Madras plague regulations and rules - Volume 1
Disease focus: Plague
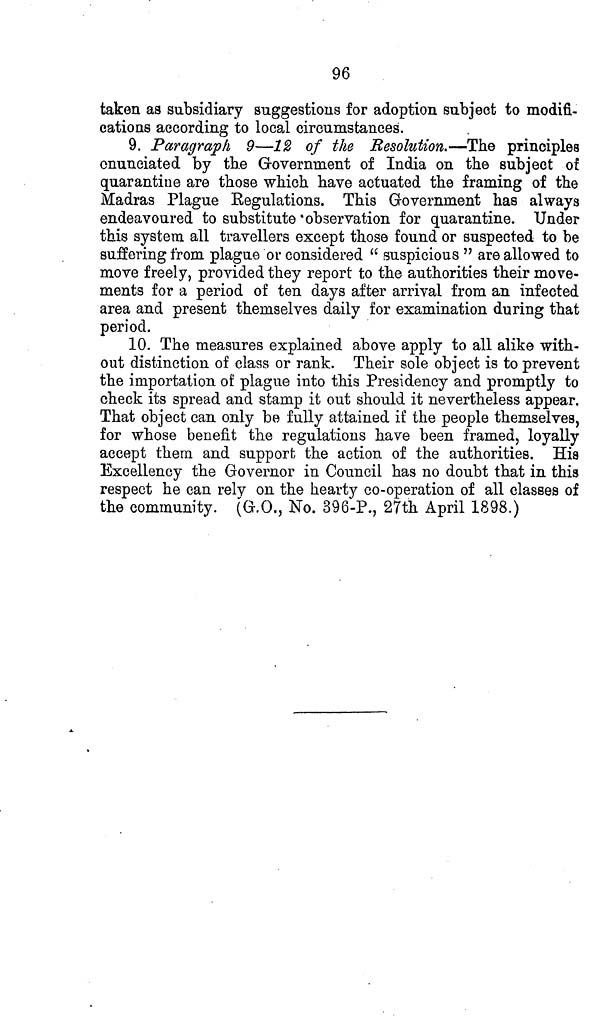
96
taken as subsidiary suggestions for adoption subject to modifi-
cations according to local circumstances.
9. Paragraph 9—12 of the Resolution.—The principles
enunciated by the Government of India on the subject of
quarantine are those which have actuated the framing of the
Madras Plague Regulations. This Government has always
endeavoured to substitute observation for quarantine. Under
this system all travellers except those found or suspected to be
suffering from plague or considered "suspicious" are allowed to
move freely, provided they report to the authorities their move-
ments for a period of ten days after arrival from an infected
area and present themselves daily for examination during that
period.
10. The measures explained above apply to all alike with-
out distinction of class or rank. Their sole object is to prevent
the importation of plague into this Presidency and promptly to
check its spread and stamp it out should it nevertheless appear.
That object can only be fully attained if the people themselves,
for whose benefit the regulations have been framed, loyally
accept them and support the action of the authorities. His
Excellency the Governor in Council has no doubt that in this
respect he can rely on the hearty co-operation of all classes of
the community. (G.O., No. 396-P., 27th April 1898.)